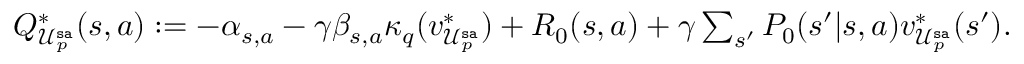
\begin{array} { r l } & { Q _ { \mathcal { U } _ { p } ^ { \mathtt { s a } } } ^ { * } ( s , a ) : = - \alpha _ { s , a } - \gamma \beta _ { s , a } \kappa _ { q } ( v _ { \mathcal { U } _ { p } ^ { \mathtt { s a } } } ^ { * } ) + R _ { 0 } ( s , a ) + \gamma \sum _ { s ^ { \prime } } P _ { 0 } ( s ^ { \prime } | s , a ) v _ { \mathcal { U } _ { p } ^ { \mathtt { s a } } } ^ { * } ( s ^ { \prime } ) . } \end{array}